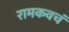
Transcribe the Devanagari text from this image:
रामकवचं